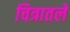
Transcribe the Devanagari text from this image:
चित्रातले